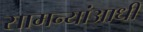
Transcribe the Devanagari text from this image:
सामन्यांआधी